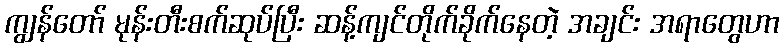
ကျွန်တော် မုန်းတီးစက်ဆုပ်ပြီး ဆန့်ကျင်တိုက်ခိုက်နေတဲ့ အချင်း အရာတွေဟာ